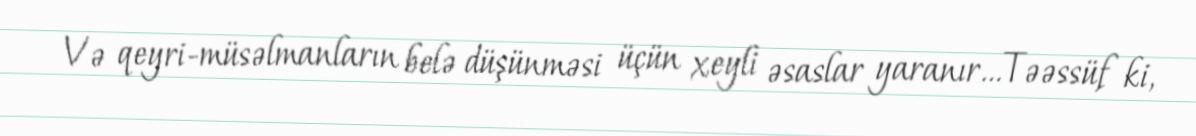
Və qeyri-müsəlmanların belə düşünməsi üçün xeyli əsaslar yaranır…Təəssüf ki,